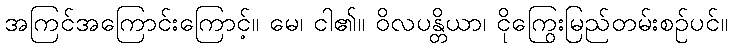
အကြင်အကြောင်းကြောင့်။ မေ၊ ငါ၏။ ဝိလပန္တိယာ၊ ငိုကြွေးမြည်တမ်းစဉ်ပင်။